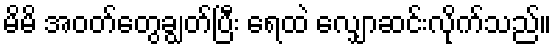
မိမိ အဝတ်တွေချွတ်ပြီး ရေထဲ လျှောဆင်းလိုက်သည်။